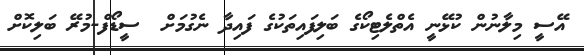
އޭސީ މިލާނުން ކުޅޭނީ އެތްލެޓިކޯގެ ބަލިފައިތަކުގެ ފައިދާ ނެގުމަށް  ސީޑޯފް-މުރޭ ބަލިކޮށް